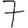
Digit: 7